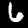
Label: 6